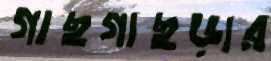
গাছগাছড়ার